Madras plague regulations and rules - Volume 1
Disease focus: Plague
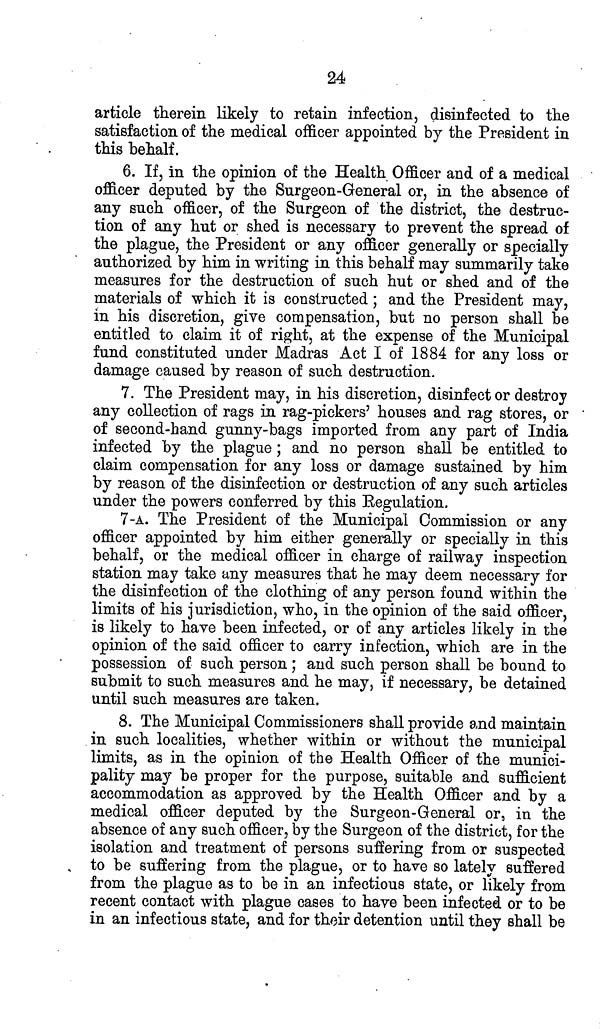
24
article therein likely to retain infection, disinfected to the
satisfaction of the medical officer appointed by the President in
this behalf.
6. If, in the opinion of the Health Officer and of a medical
officer deputed by the Surgeon-General or, in the absence of
any such officer, of the Surgeon of the district, the destruc-
tion of any hut or shed is necessary to prevent the spread of
the plague, the President or any officer generally or specially
authorized by him in writing in this behalf may summarily take
measures for the destruction of such hut or shed and of the
materials of which it is constructed ; and the President may,
in his discretion, give compensation, but no person shall be
entitled to claim it of right, at the expense of the Municipal
fund constituted under Madras Act I of 1884 for any loss or
damage caused by reason of such destruction.
7. The President may, in his discretion, disinfect or destroy
any collection of rags in rag-pickers' houses and rag stores, or
of second-hand gunny-bags imported from any part of India
infected by the plague ; and no person shall be entitled to
claim compensation for any loss or damage sustained by him
by reason of the disinfection or destruction of any such articles
under the powers conferred by this Regulation.
7-A. The President of the Municipal Commission or any
officer appointed by him either generally or specially in this
behalf, or the medical officer in charge of railway inspection
station may take any measures that he may deem necessary for
the disinfection of the clothing of any person found within the
limits of his jurisdiction, who, in the opinion of the said officer,
is likely to have been infected, or of any articles likely in the
opinion of the said officer to carry infection, which are in the
possession of such person ; and such person shall be bound to
submit to such measures and he may, if necessary, be detained
until such measures are taken.
8. The Municipal Commissioners shall provide and maintain
in such localities, whether within or without the municipal
limits, as in the opinion of the Health Officer of the munici-
pality may be proper for the purpose, suitable and sufficient
accommodation as approved by the Health Officer and by a
medical officer deputed by the Surgeon-General or, in the
absence of any such officer, by the Surgeon of the district, for the
isolation and treatment of persons suffering from or suspected
to be suffering from the plague, or to have so lately suffered
from the plague as to be in an infectious state, or likely from
recent contact with plague cases to have been infected or to be
in an infectious state, and for their detention until they shall be